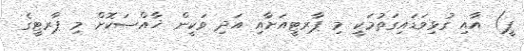
ޕީ) އާއި ގުޅިވަޑައިގަތުމަކީ މި ޕާރޓީއަށާއި އަދި ވަކީން ޚާއްޞަކޮށް މި ޕާރޓީގެ